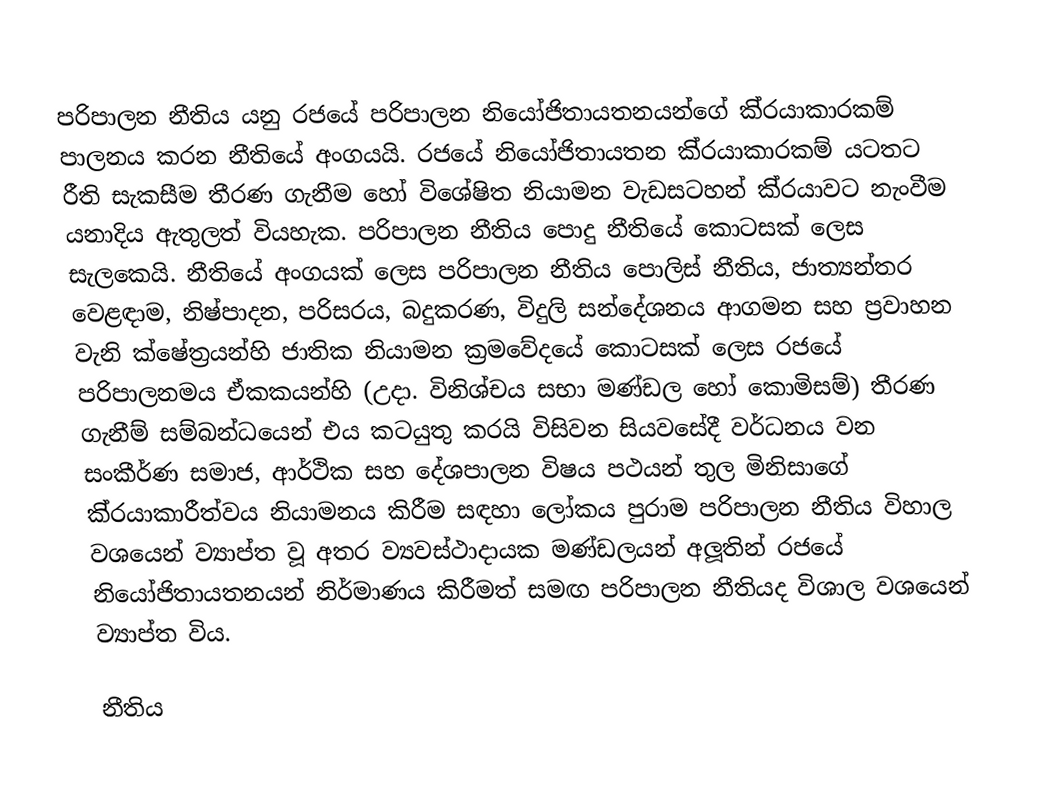
පරිපාලන නීතිය යනු රජයේ පරිපාලන නියෝජිතායතනයන්ගේ කි‍්‍රයාකාරකම් පාලනය කරන නීතියේ අංගයයි. රජයේ නියෝජිතායතන කි‍්‍රයාකාරකම් යටතට රීති සැකසීම තීරණ ගැනීම හෝ විශේෂිත නියාමන වැඩසටහන් කි‍්‍රයාවට නැංවීම යනාදිය ඇතුලත් වියහැක. පරිපාලන නීතිය පොදු නීතියේ කොටසක් ලෙස සැලකෙයි. නීතියේ අංගයක් ලෙස පරිපාලන නීතිය පොලිස් නීතිය, ජාත්‍යන්තර වෙළඳාම, නිෂ්පාදන, පරිසරය, බදුකරණ, විදුලි සන්දේශනය ආගමන සහ ප‍්‍රවාහන වැනි ක්ෂේත‍්‍රයන්හි ජාතික නියාමන ක‍්‍රමවේදයේ කොටසක් ලෙස රජයේ පරිපාලනමය ඒකකයන්හි (උදා. විනිශ්චය සභා මණ්ඩල හෝ කොමිසම්) තීරණ ගැනීම් සම්බන්ධයෙන් එය කටයුතු කරයි විසිවන සියවසේදී වර්ධනය වන සංකීර්ණ සමාජ, ආර්ථික සහ දේශපාලන විෂය පථයන් තුල මිනිසාගේ කි‍්‍රයාකාරීත්වය නියාමනය කිරීම සඳහා ලෝකය පුරාම පරිපාලන නීතිය විහාල වශයෙන් ව්‍යාප්ත වූ අතර ව්‍යවස්ථාදායක මණ්ඩලයන් අලූතින් රජයේ නියෝජිතායතනයන් නිර්මාණය කිරීමත් සමඟ පරිපාලන නීතියද විශාල වශයෙන් ව්‍යාප්ත විය.

නීතිය